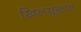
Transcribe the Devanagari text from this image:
खिलसूक्तात